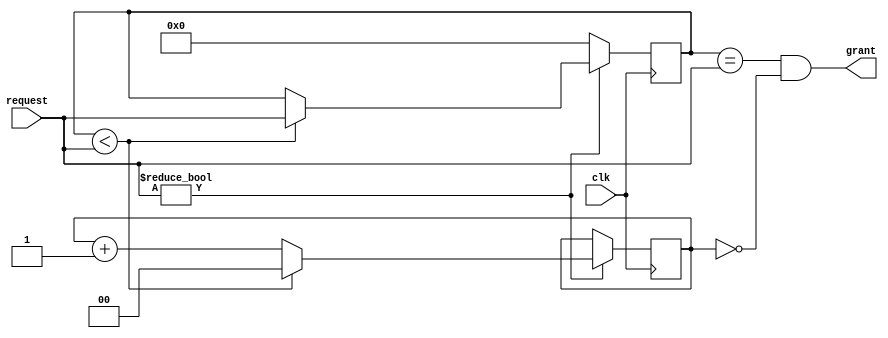
module round_robin_arbiter (
    input clk,
    input [3:0] request,
    output grant
);

reg [3:0] priority;
reg [1:0] round;

always @(posedge clk) begin
    if (request != 4'b0000) begin
        if (priority < request) begin
            priority <= request;
            round <= 2'b00;
        end else begin
            round <= round + 1;
        end
    end else begin
        priority <= 4'b0000;
    end
end

assign grant = priority == request && round == 2'b00;

endmodule